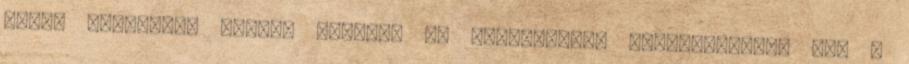
fogsz nyújtani, mintha pólóban és harisnyában szaladgálnál. Nem a